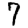
Digit: 7